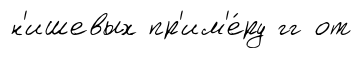
н'ишевых пр'им'е́ру гг от